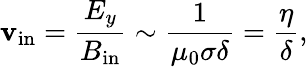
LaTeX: \mathbf{v}_{\mathrm{{in}}}={\frac{{E_{y}}}{{B_{\mathrm{{in}}}}}}\sim{\frac{{1}}{{\mu_{0}\sigma\delta}}}={\frac{{\eta}}{{\delta}}},